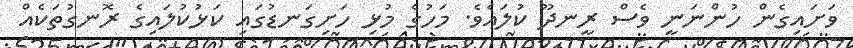
ވަށައިގެން ހުންނަނީ ވެސް ރީނދޫ ކުލައެވެ. މަހުގެ މުޅި ހަށިގަނޑުގައި ކަޅުކުލައިގެ ރޮނގުތަކެއް